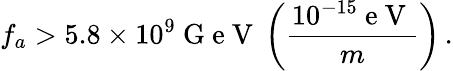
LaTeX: f_{a}>5.8\times 10^{9}\mathrm{~G~e~V~}\left(\frac{10^{-15}\mathrm{~e~V~}}{m}\right)\, .